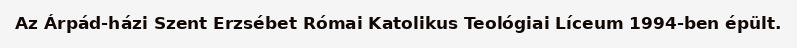
Az Árpád-házi Szent Erzsébet Római Katolikus Teológiai Líceum 1994-ben épült.